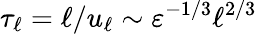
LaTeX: \tau_{\ell}=\ell/u_{\ell}\sim\varepsilon^{-1/3}\ell^{2/3}